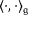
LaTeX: \langle \cdot , \cdot \rangle _ { \mathfrak { g } }